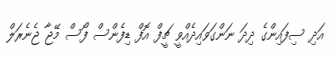
އަދި ސިފައިންގެ ދިދަ ނަންގަވައިދެއްވީ ޗީފް އޮފް ޑިފެންސް ފޯސް މޭޖާ ޖެނެރަލް